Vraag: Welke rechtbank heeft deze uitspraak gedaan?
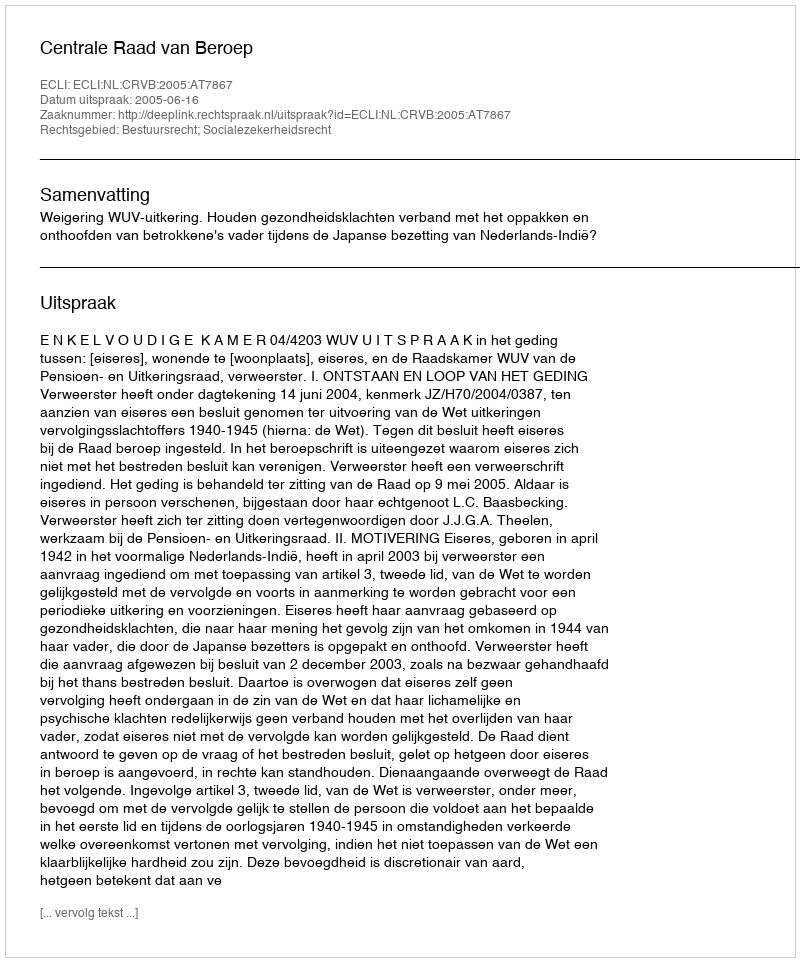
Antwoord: Centrale Raad van Beroep